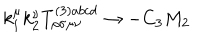
k _ { 1 } ^ { \mu } k _ { 2 } ^ { \nu } T _ { \rho \sigma \mu \nu } ^ { ( 3 ) a b c d } \rightarrow - C _ { 3 } M _ { 2 }